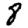
Digit: 8